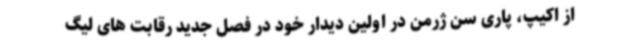
از اکیپ، پاری سن ژرمن در اولین دیدار خود در فصل جدید رقابت های لیگ